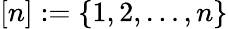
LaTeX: [n]:=\{ 1,2,\dots,n\}